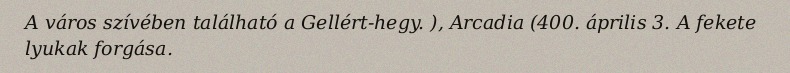
A város szívében található a Gellért-hegy. ), Arcadia (400. április 3. A fekete lyukak forgása.